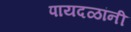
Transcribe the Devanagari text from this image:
पायदळांनी